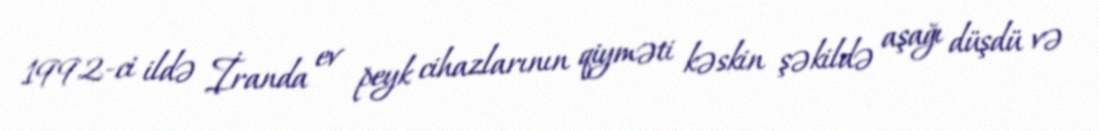
1992-ci ildə İranda ev peyk cihazlarının qiyməti kəskin şəkildə aşağı düşdü və